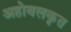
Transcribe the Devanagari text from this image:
अहोबलकृत